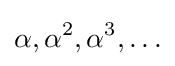
\alpha ,\alpha ^{2},\alpha ^{3},\ldots